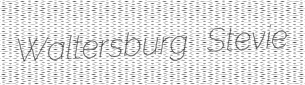
Waltersburg Stevie